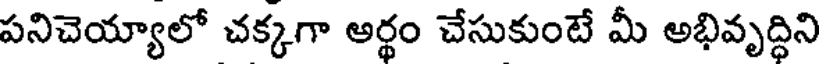
పనిచెయ్యాలో చక్కగా అర్థం చేసుకుంటే మీ అభివృద్ధిని